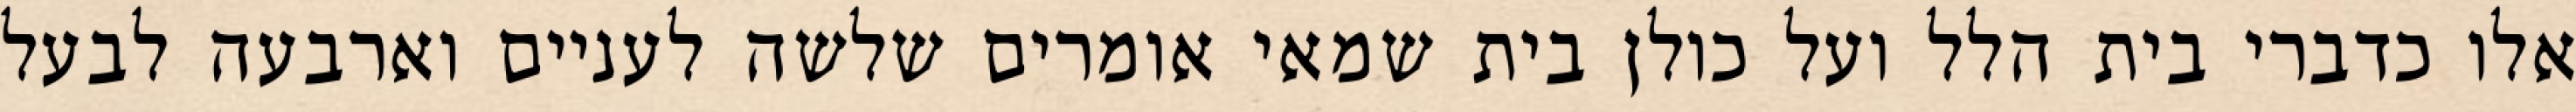
אלו כדברי בית הלל ועל כולן בית שמאי אומרים שלשה לעניים וארבעה לבעל